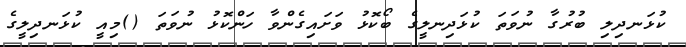
ކުޅަނދިލި ބުރުގާ ނުވަތަ ކުޅަދިނލީގެ ބޯކޮޅު ވަށައިގެންވާ ހަންކޮޅު ނުވަތަ ()މިއީ ކުޅަނދިލީގެ